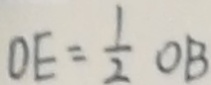
O E = \frac { 1 } { 2 } O B